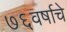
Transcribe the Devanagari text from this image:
७६वर्षाचे